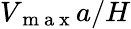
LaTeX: V_{\mathrm{~m~a~x~}}a/H